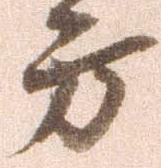
方